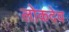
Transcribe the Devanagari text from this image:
लोकदेव